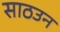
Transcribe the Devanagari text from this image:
साठउन